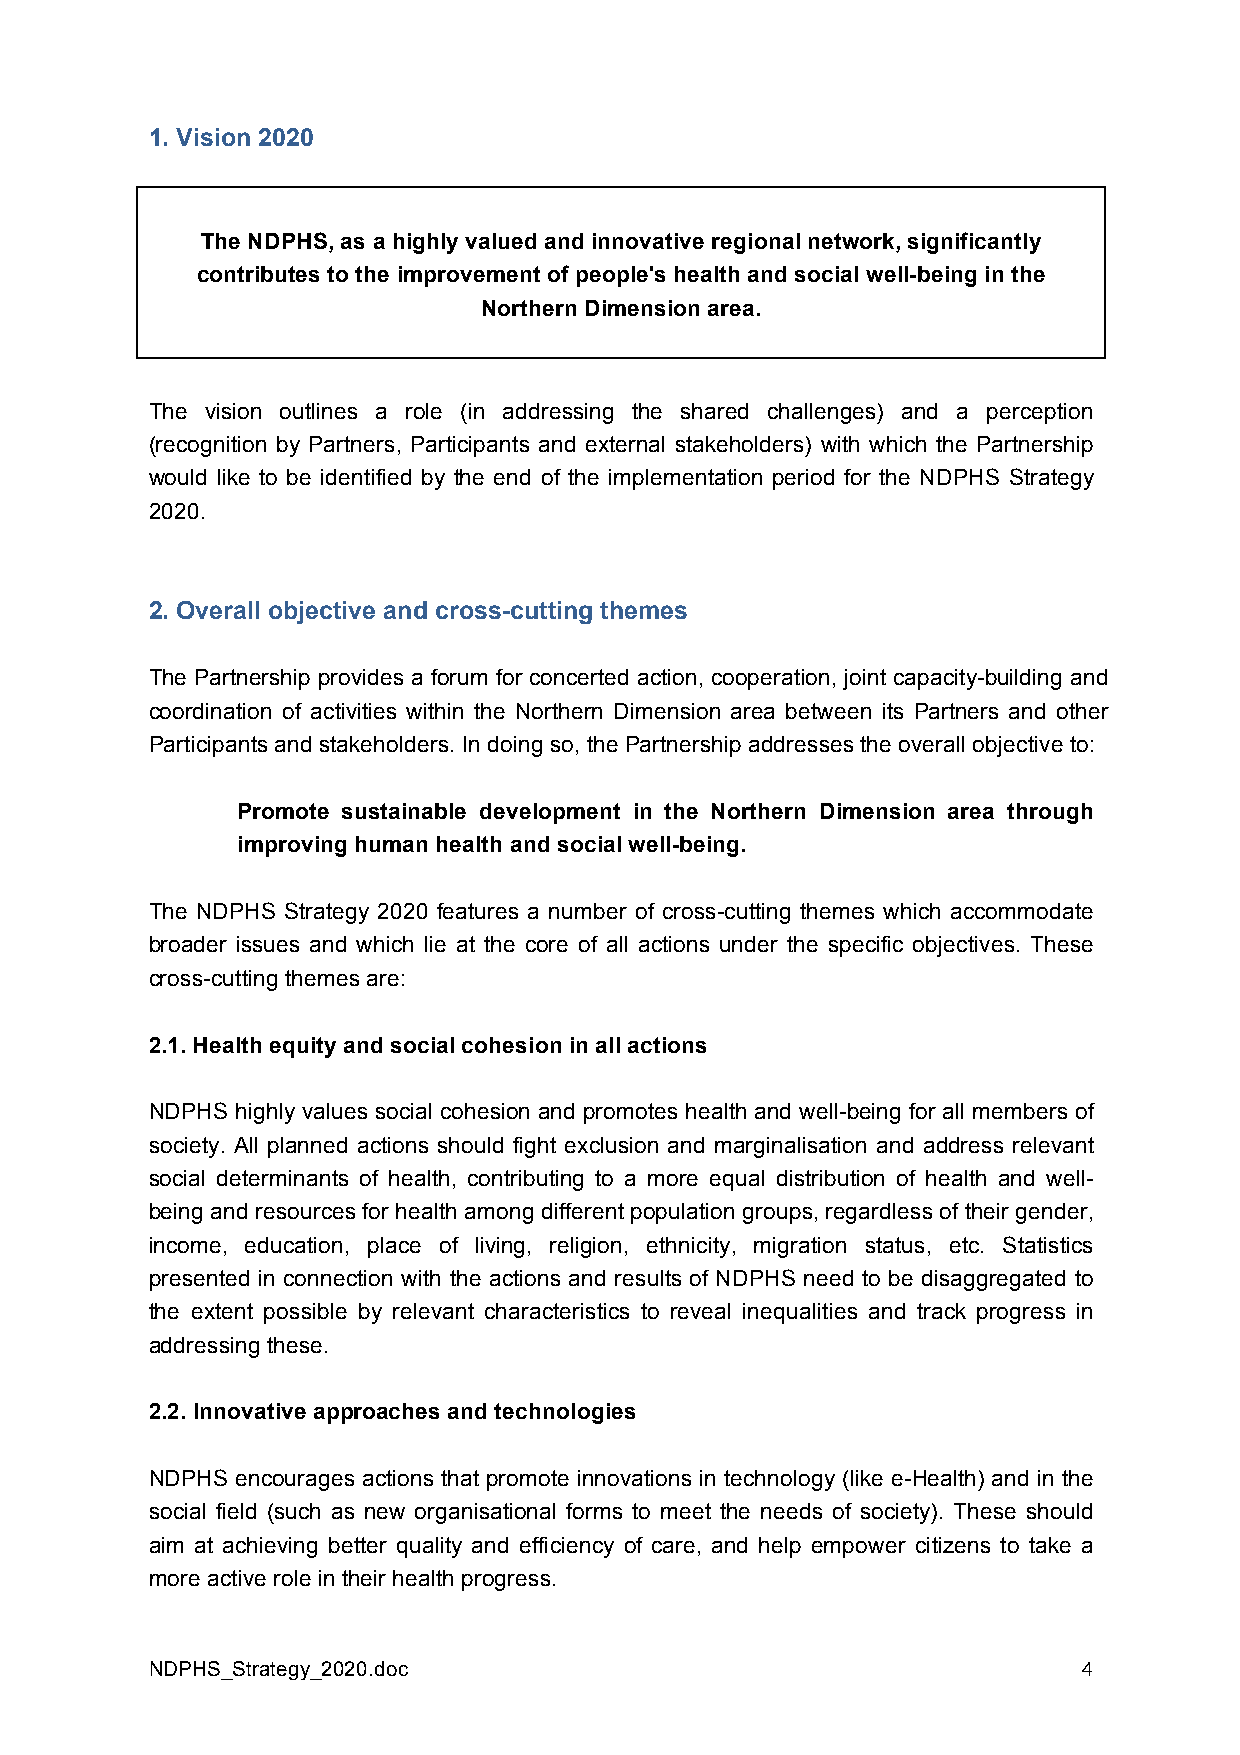
1. Vision 2020
 The NDPHS, as a highly valued and innovative regional network, significantly
 contributes to the improvement of people's health and social well-being in the
 Northern Dimension area.
 The vision outlines a role (in addressing the shared challenges) and a perception
 (recognition by Partners, Participants and external stakeholders) with which the Partnership
 would like to be identified by the end of the implementation period for the NDPHS Strategy
 2020.
 2. Overall objective and cross-cutting themes
 The Partnership provides a forum for concerted action, cooperation, joint capacity-building and
 coordination of activities within the Northern Dimension area between its Partners and other
 Participants and stakeholders. In doing so, the Partnership addresses the overall objective to:
 Promote sustainable development in the Northern Dimension area through
 improving human health and social well-being.
 The NDPHS Strategy 2020 features a number of cross-cutting themes which accommodate
 broader issues and which lie at the core of all actions under the specific objectives. These
 cross-cutting themes are:
 2.1. Health equity and social cohesion in all actions
 NDPHS highly values social cohesion and promotes health and well-being for all members of
 society. All planned actions should fight exclusion and marginalisation and address relevant
 social determinants of health, contributing to a more equal distribution of health and well-
 being and resources for health among different population groups, regardless of their gender,
 income, education, place of living, religion, ethnicity, migration status, etc. Statistics
 presented in connection with the actions and results of NDPHS need to be disaggregated to
 the extent possible by relevant characteristics to reveal inequalities and track progress in
 addressing these.
 2.2. Innovative approaches and technologies
 NDPHS encourages actions that promote innovations in technology (like e-Health) and in the
 social field (such as new organisational forms to meet the needs of society). These should
 aim at achieving better quality and efficiency of care, and help empower citizens to take a
 more active role in their health progress.
 NDPHS_Strategy_2020.doc                                       4